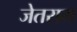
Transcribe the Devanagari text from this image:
जेतराम